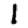
Digit: 1